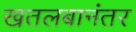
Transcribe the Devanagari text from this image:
खतलबानंतर